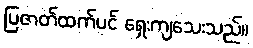
ပြဇာတ်ထက်ပင် ရှေးကျသေးသည်။